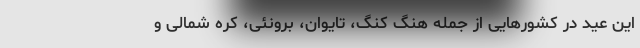
این عید در کشور‌هایی از جمله هنگ کنگ، تایوان، برونئی، کره شمالی و